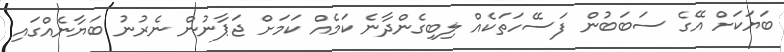
ބަޔަކަށް އޭގެ ސަބަބުން ފަސޭހަތަކެއް ލިބިގެންދާނެ ކަމެއް ކަމަށް ޖަޕާނުން ނެރުނު ބަޔާނެއްގައި